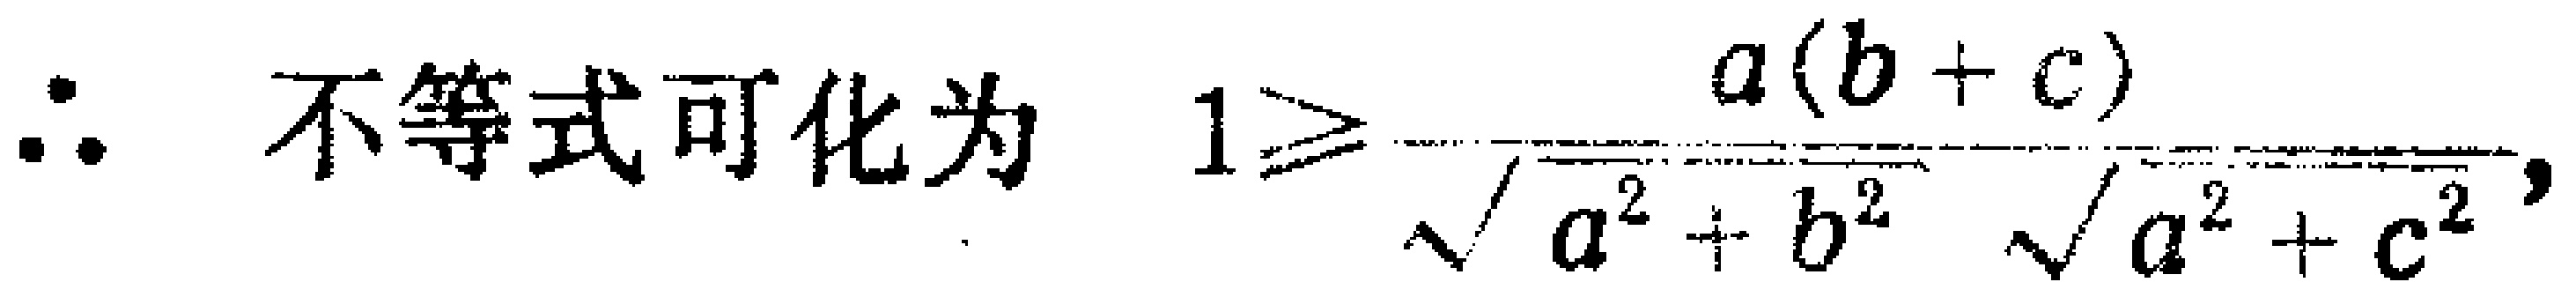
\(\therefore\) 不等式可化为 \(1\geqslant\frac{a(b + c)}{\sqrt{a^{2}+b^{2}}\sqrt{a^{2}+c^{2}}}\)，